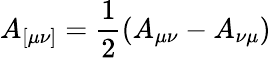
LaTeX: A_{[\mu\nu]}=\frac{1}{2}\left(A_{\mu\nu}-A_{\nu\mu}\right)